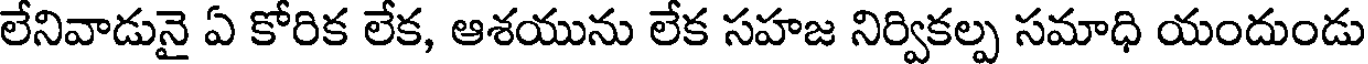
లేనివాడునై ఏ కోరిక లేక, ఆశయును లేక సహజ నిర్వికల్ప సమాధి యందుండు